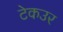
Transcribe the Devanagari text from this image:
टेकउर